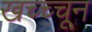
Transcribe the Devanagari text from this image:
खच्च्चून